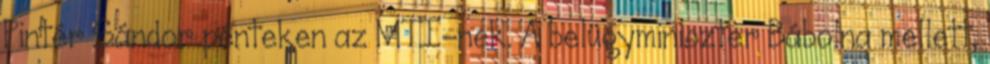
Pintér Sándor pénteken az MTI-nek. A belügyminiszter Bábolna mellett,